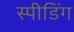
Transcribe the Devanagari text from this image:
स्‍पीडिंग